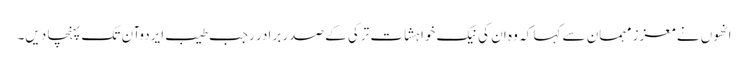
انھوں نے معزز مہمان سے کہا کہ وہ ان کی نیک خواہشات ترکی کے صدر برادر رجب طیب ایردوآن تک پہنچا دیں۔